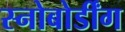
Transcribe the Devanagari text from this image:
स्नोबोर्डींग